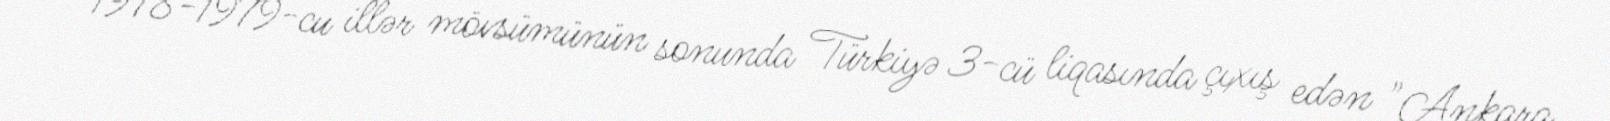
1978-1979-cu illər mövsümünün sonunda Türkiyə 3-cü liqasında çıxış edən "Ankara